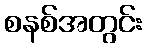
စနစ်အတွင်း